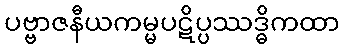
ပဗ္ဗာဇနီယကမ္မပဋိပ္ပဿဒ္ဓိကထာ